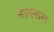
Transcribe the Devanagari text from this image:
नागतारा